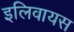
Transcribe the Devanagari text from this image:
इलिवायस